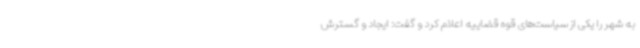
به شهر را یکی از سیاست‌های قوه قضاییه اعلام کرد و گفت: ایجاد و گسترش